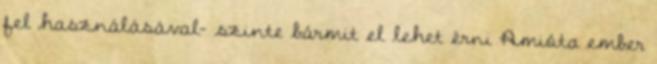
fel használásával- szinte bármit el lehet érni Amióta ember